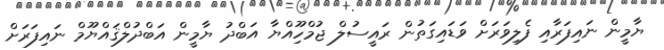
ޔާމީން ނައިފަރާއި ފެލިވަރަށް ވަޑައިގަތުން ރައީސުލް ޖުމްހޫިއްޔާ އަބްދު ޔާމީން އަބްދުލްޤައްޔޫމް ނައިފަރަށް